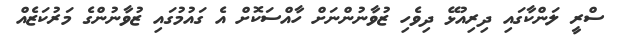
ސްރީ ލަންކާގައި ދިރިއުޅޭ ދިވެހި ޒުވާނުންނަށް ހާއްސަކޮށް އެ ގައުމުގައި ޒުވާނުންގެ މަރުކަޒެއް